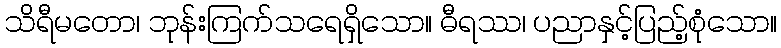
သိရီမတော၊ ဘုန်းကြက်သရေရှိသော။ ဓီရဿ၊ ပညာနှင့်ပြည့်စုံသော။